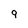
Character: 9